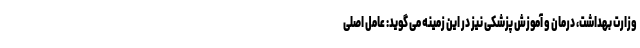
وزارت بهداشت، درمان و آموزش پزشکی نیز در این زمینه می گوید: عامل اصلی